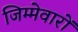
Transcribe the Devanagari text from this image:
जिम्मेवारों